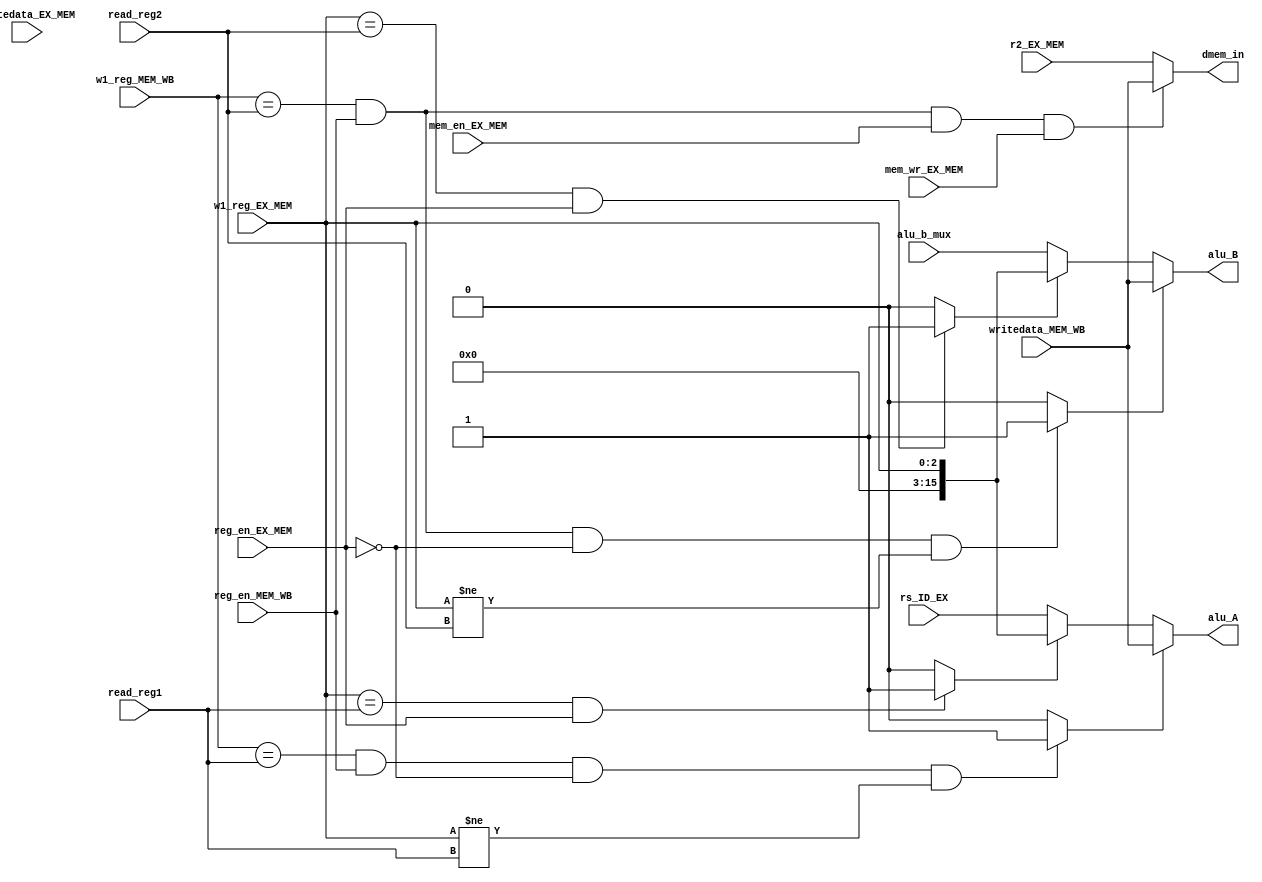
module for_unit_1(w1_reg_MEM_WB,w1_reg_EX_MEM,read_reg1,read_reg2, reg_en_MEM_WB,
				reg_en_EX_MEM,mem_en_EX_MEM,mem_wr_EX_MEM,writedata_MEM_WB,
				writedata_EX_MEM, r2_EX_MEM,rs_ID_EX,alu_b_mux,alu_A, alu_B, dmem_in);
				
input [2:0]w1_reg_MEM_WB;
input [2:0]w1_reg_EX_MEM;
input [2:0]read_reg1;
input [2:0]read_reg2;
input reg_en_MEM_WB;
input reg_en_EX_MEM;
input mem_en_EX_MEM;
input mem_wr_EX_MEM;
input[15:0]writedata_MEM_WB;
input[15:0]writedata_EX_MEM;
input [15:0]r2_EX_MEM;
input [15:0]rs_ID_EX;
input [15:0] alu_b_mux;//from alu_b_mux output 
output[15:0]alu_A;
output [15:0]alu_B;
output [15:0]dmem_in;

wire A_bypassWB, B_bypassWB, A_bypassMEM, B_bypassMEM;
//if alu_A from MEM_WB
assign A_bypassWB=(w1_reg_MEM_WB==read_reg1 &reg_en_MEM_WB & ~reg_en_EX_MEM & (w1_reg_EX_MEM!=read_reg1))?1:0;

//if alu_B from MEM_WB
assign B_bypassWB=(w1_reg_MEM_WB==read_reg2 &reg_en_MEM_WB & ~reg_en_EX_MEM & (w1_reg_EX_MEM!=read_reg2))?1:0;

//if alu_A from EX_MEM
assign A_bypassMEM=(w1_reg_EX_MEM==read_reg1 & reg_en_EX_MEM)?1:0;

//if alu_B from EX_MEM
assign B_bypassMEM=(w1_reg_EX_MEM==read_reg2 & reg_en_EX_MEM)?1:0;	

//LD followed by ST/STU
assign dmem_in=(w1_reg_MEM_WB==read_reg2 & reg_en_MEM_WB & mem_en_EX_MEM & mem_wr_EX_MEM)?writedata_MEM_WB:r2_EX_MEM;

assign alu_A=(A_bypassWB)?writedata_MEM_WB:(A_bypassMEM)?w1_reg_EX_MEM:rs_ID_EX;
assign alu_B=(B_bypassWB)?writedata_MEM_WB:(B_bypassMEM)?w1_reg_EX_MEM:alu_b_mux;

endmodule